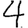
Digit: 4